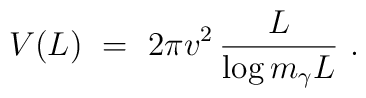
V(L)\ =\ 2\pi v^2\, \frac L{\log{ m_\gamma L}}\ .